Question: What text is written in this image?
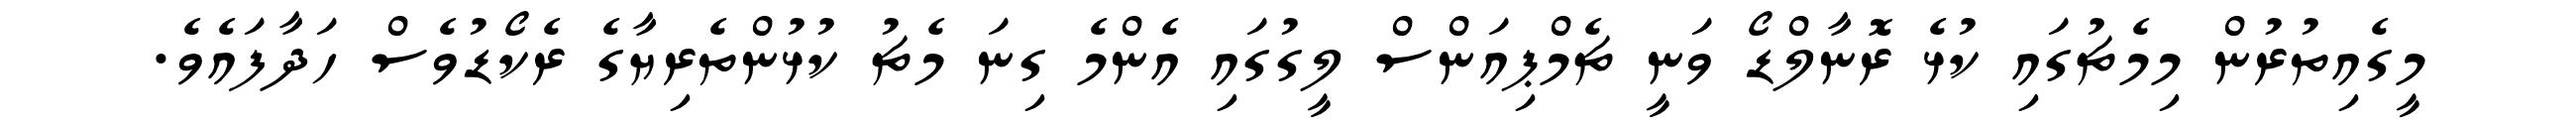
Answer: މީގެއިތުރުން މިމެޗުގައި ކުޅެ ރޮނާލްޑޯ ވަނީ ޗެމްޕިއަންސް ލީގުގައި އެންމެ ގިނަ މެޗު ކުޅުންތެރިޔާގެ ރެކޯޑުވެސް ހަދާފައެވެ.